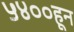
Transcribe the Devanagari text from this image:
५४००हून